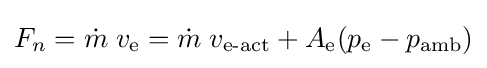
F_{n}={\dot {m}}\;v_{\text{e}}={\dot {m}}\;v_{\text{e-act}}+A_{\text{e}}(p_{\text{e}}-p_{\text{amb}})